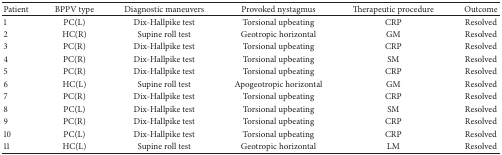
| Patient | BPPV type | Diagnostic maneuvers | Provoked nystagmus | Therapeutic procedure | Outcome |
 | --- | --- | --- | --- | --- | --- |
 | 1 | PC(L) | Dix-Hallpike test | Torsional upbeating | CRP | Resolved |
 | 2 | HC(R) | Supine roll test | Geotropic horizontal | GM | Resolved |
 | 3 | PC(R) | Dix-Hallpike test | Torsional upbeating | CRP | Resolved |
 | 4 | PC(R) | Dix-Hallpike test | Torsional upbeating | SM | Resolved |
 | 5 | PC(R) | Dix-Hallpike test | Torsional upbeating | CRP | Resolved |
 | 6 | HC(L) | Supine roll test | Apogeotropic horizontal | GM | Resolved |
 | 7 | PC(R) | Dix-Hallpike test | Torsional upbeating | CRP | Resolved |
 | 8 | PC(L) | Dix-Hallpike test | Torsional upbeating | SM | Resolved |
 | 9 | PC(R) | Dix-Hallpike test | Torsional upbeating | CRP | Resolved |
 | 10 | PC(L) | Dix-Hallpike test | Torsional upbeating | CRP | Resolved |
 | 11 | HC(L) | Supine roll test | Geotropic horizontal | LM | Resolved |